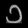
Digit: ၁